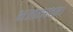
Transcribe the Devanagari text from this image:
भजाम्यहम्।